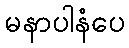
မနာပါနံပေ